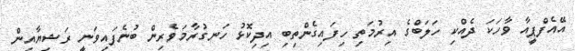
އޭއެފްޕީއާ ވާހަކަ ދެއްކި ހަލަބްގެ އިރުމަތި ހިފައިގެންތިބި އިދިކޮޅު ހަނގުރާމަވެރިން ބުނެފައިވަނީ ރަޝިޔާއިން